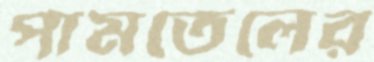
পামতেলের